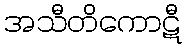
အသီတိကောဋီ